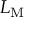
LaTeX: L _ { \mathrm { M } }